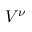
V ^ { \nu }